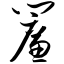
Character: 帘